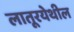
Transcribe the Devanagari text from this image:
लातूरयेथील